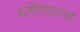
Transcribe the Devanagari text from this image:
ब्लॉगपल्स